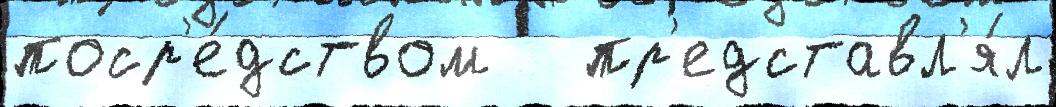
поср'е́дством   пр'едставл'я́л